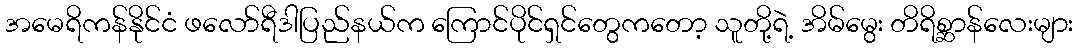
အမေရိကန်နိုင်ငံ ဖလော်ရီဒါပြည်နယ်က ကြောင်ပိုင်ရှင်တွေကတော့ သူတို့ရဲ့ အိမ်မွေး တိရိစ္ဆာန်လေးများ